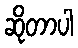
ဆိုတာပါ